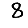
Digit: 8